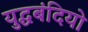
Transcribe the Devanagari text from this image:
युद्धबंदियो